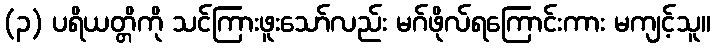
(၃) ပရိယတ္တိကို သင်ကြားဖူးသော်လည်း မဂ်ဖိုလ်ရကြောင်းကား မကျင့်သူ။